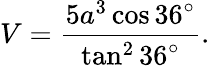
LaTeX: V={\frac{5a^{3}\cos 36^{\circ}}{\tan^{2}{36^{\circ}}}}.